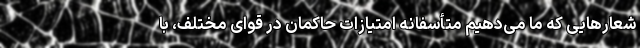
شعارهایی که ما می‌دهیم متأسفانه امتیازات حاکمان در قوای مختلف، با